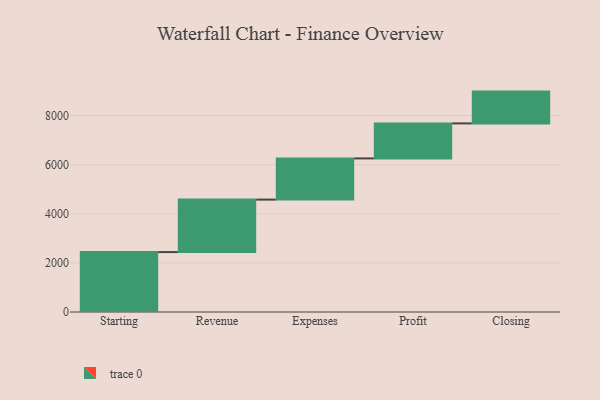
{"axis": {"x": "Step", "y": "Value"}, "legend": [""], "data": [{"x": "Starting", "y": 2442.0, "type": ""}, {"x": "Revenue", "y": 2139.0, "type": ""}, {"x": "Expenses", "y": 1679.0, "type": ""}, {"x": "Profit", "y": 1427.0, "type": ""}, {"x": "Closing", "y": 1296.0, "type": ""}]}